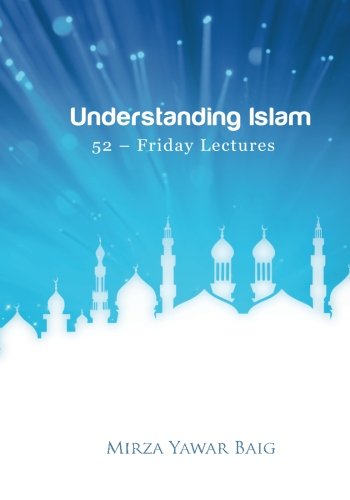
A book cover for Understanding Islam - 52 Friday Lectures: Keys to leveraging the power of Allah in your life; Mirza Yawar Baig; Religion & Spirituality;